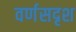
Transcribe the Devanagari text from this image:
वर्णसदृश